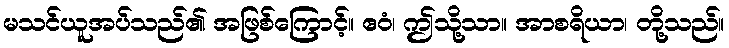
မသင်ယူအပ်သည်၏ အဖြစ်ကြောင့်။ ဧဝံ၊ ဤသို့သာ။ အာစရိယာ၊ တို့သည်။